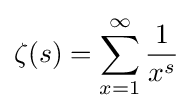
\zeta (s)=\sum _{x=1}^{\infty }{\frac {1}{x^{s}}}